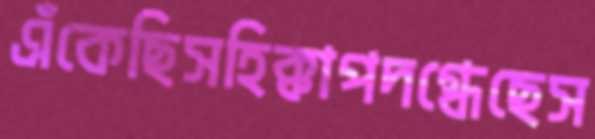
এঁকেছিসহিক্কাপদগ্ধেছেস